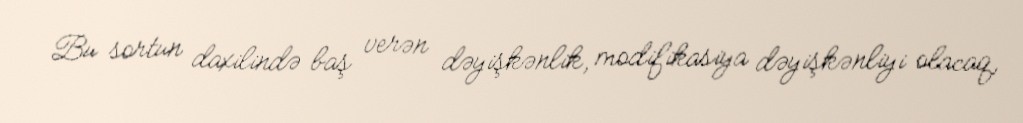
Bu sortun daxilində baş verən dəyişkənlik, modifikasiya dəyişkənliyi olacaq,